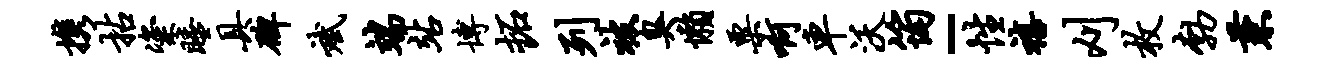
携拈粢睡具碑斌端站博拓列被臭懒粟啊车沃筠-性禧刈枚勃兼